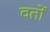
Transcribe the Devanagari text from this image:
वर्तों